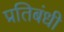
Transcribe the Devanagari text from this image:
प्रतिबंधी